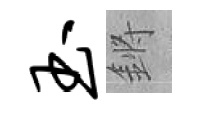
玉鏘